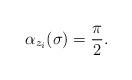
LaTeX: \begin{align*}\alpha_{z_i}(\sigma) = \frac{\pi}{2}.\end{align*}